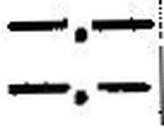
—.—